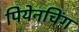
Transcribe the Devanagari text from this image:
पियेनचिंग